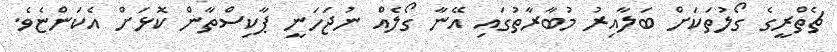
ޗެތްރީގެ ގޯލުތަކަށް ބަލާއިރު މުބާރާތުގައި އޭނާ ގޯލެއް ނުޖަހަނީ ޕާކިސްތާން ކޮޅަށް އެކަންޏެވެ.